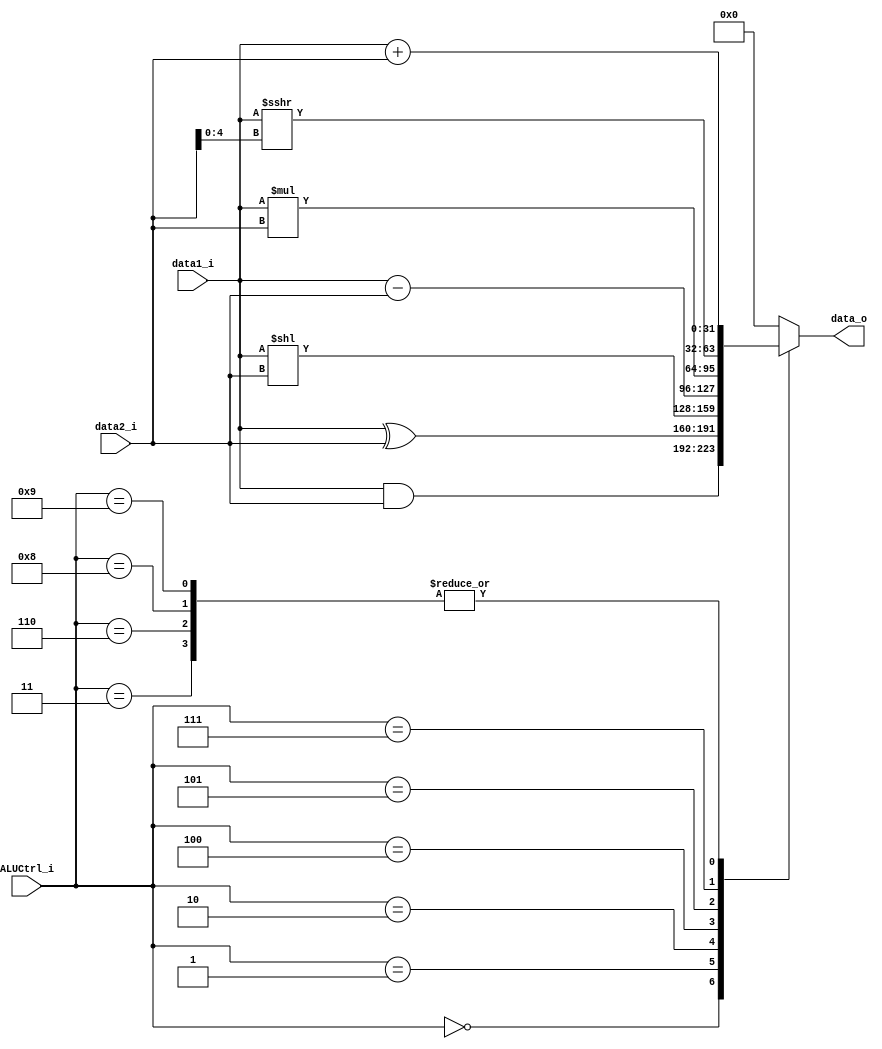
`define AND		4'b0000
`define XOR		4'b0001
`define SLL		4'b0010
`define ADD 	4'b0011
`define SUB		4'b0100
`define MUL 	4'b0101
`define ADDI 	4'b0110
`define SRAI 	4'b0111
`define LW		4'b1000 	// Load use ADD for Addressing
`define SW		4'b1001 	// Store use ADD for Addressing
`define BEQ		4'b1010 	// No Branch Operation in ALU


module ALU(
    data1_i,  	// 32 bits
    data2_i,  	// 32 bits
    ALUCtrl_i,	// 3 bits
    data_o,   	// 32 bits
    );

// Ports
input 	[31:0] 		data1_i;
input 	[31:0] 		data2_i;
input 	[3:0] 		ALUCtrl_i;

output 	[31:0] 		data_o;

reg 	[31:0]		data_o;

always @(data1_i or data2_i or ALUCtrl_i) begin
	case(ALUCtrl_i)
		`AND 	: data_o <= $signed(data1_i) & $signed(data2_i);
		`XOR	: data_o <= $signed(data1_i) ^ $signed(data2_i);
		`SLL 	: data_o <= $signed(data1_i) << data2_i;
		`ADD 	: data_o <= $signed(data1_i) + $signed(data2_i);
		`SUB 	: data_o <= $signed(data1_i) - $signed(data2_i);
		`MUL 	: data_o <= $signed(data1_i) * $signed(data2_i);
		`ADDI 	: data_o <= $signed(data1_i) + $signed(data2_i);
		`SRAI 	: data_o <= $signed(data1_i) >>> data2_i[4:0]; 
		`LW		: data_o <= $signed(data1_i) + $signed(data2_i);
		`SW		: data_o <= $signed(data1_i) + $signed(data2_i);
		`BEQ	: data_o <= 0;
		default : data_o <= 0;
	endcase
end
endmodule